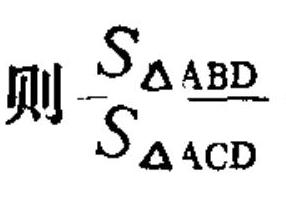
则\(\frac{S_{\triangle ABD}}{S_{\triangle ACD}}\)